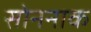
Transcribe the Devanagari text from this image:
सोननाक